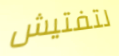
لتفتيش